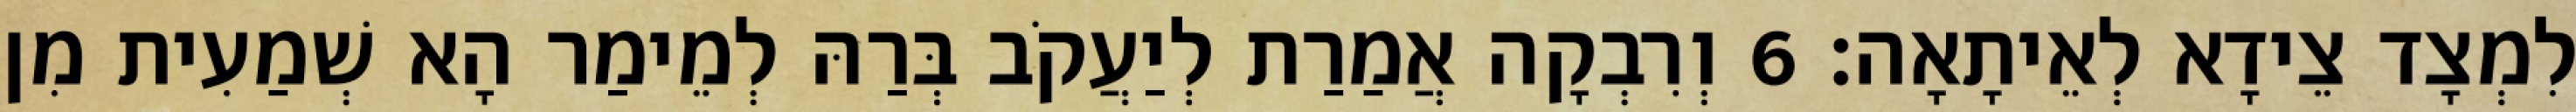
לִמְצָד צֵידָא לְאֵיתָאָה׃ 6 וְרִבְקָה אֲמַרַת לְיַעֲקֹב בְּרַהּ לְמֵימַר הָא שְׁמַעִית מִן